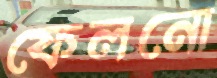
ফেলনো